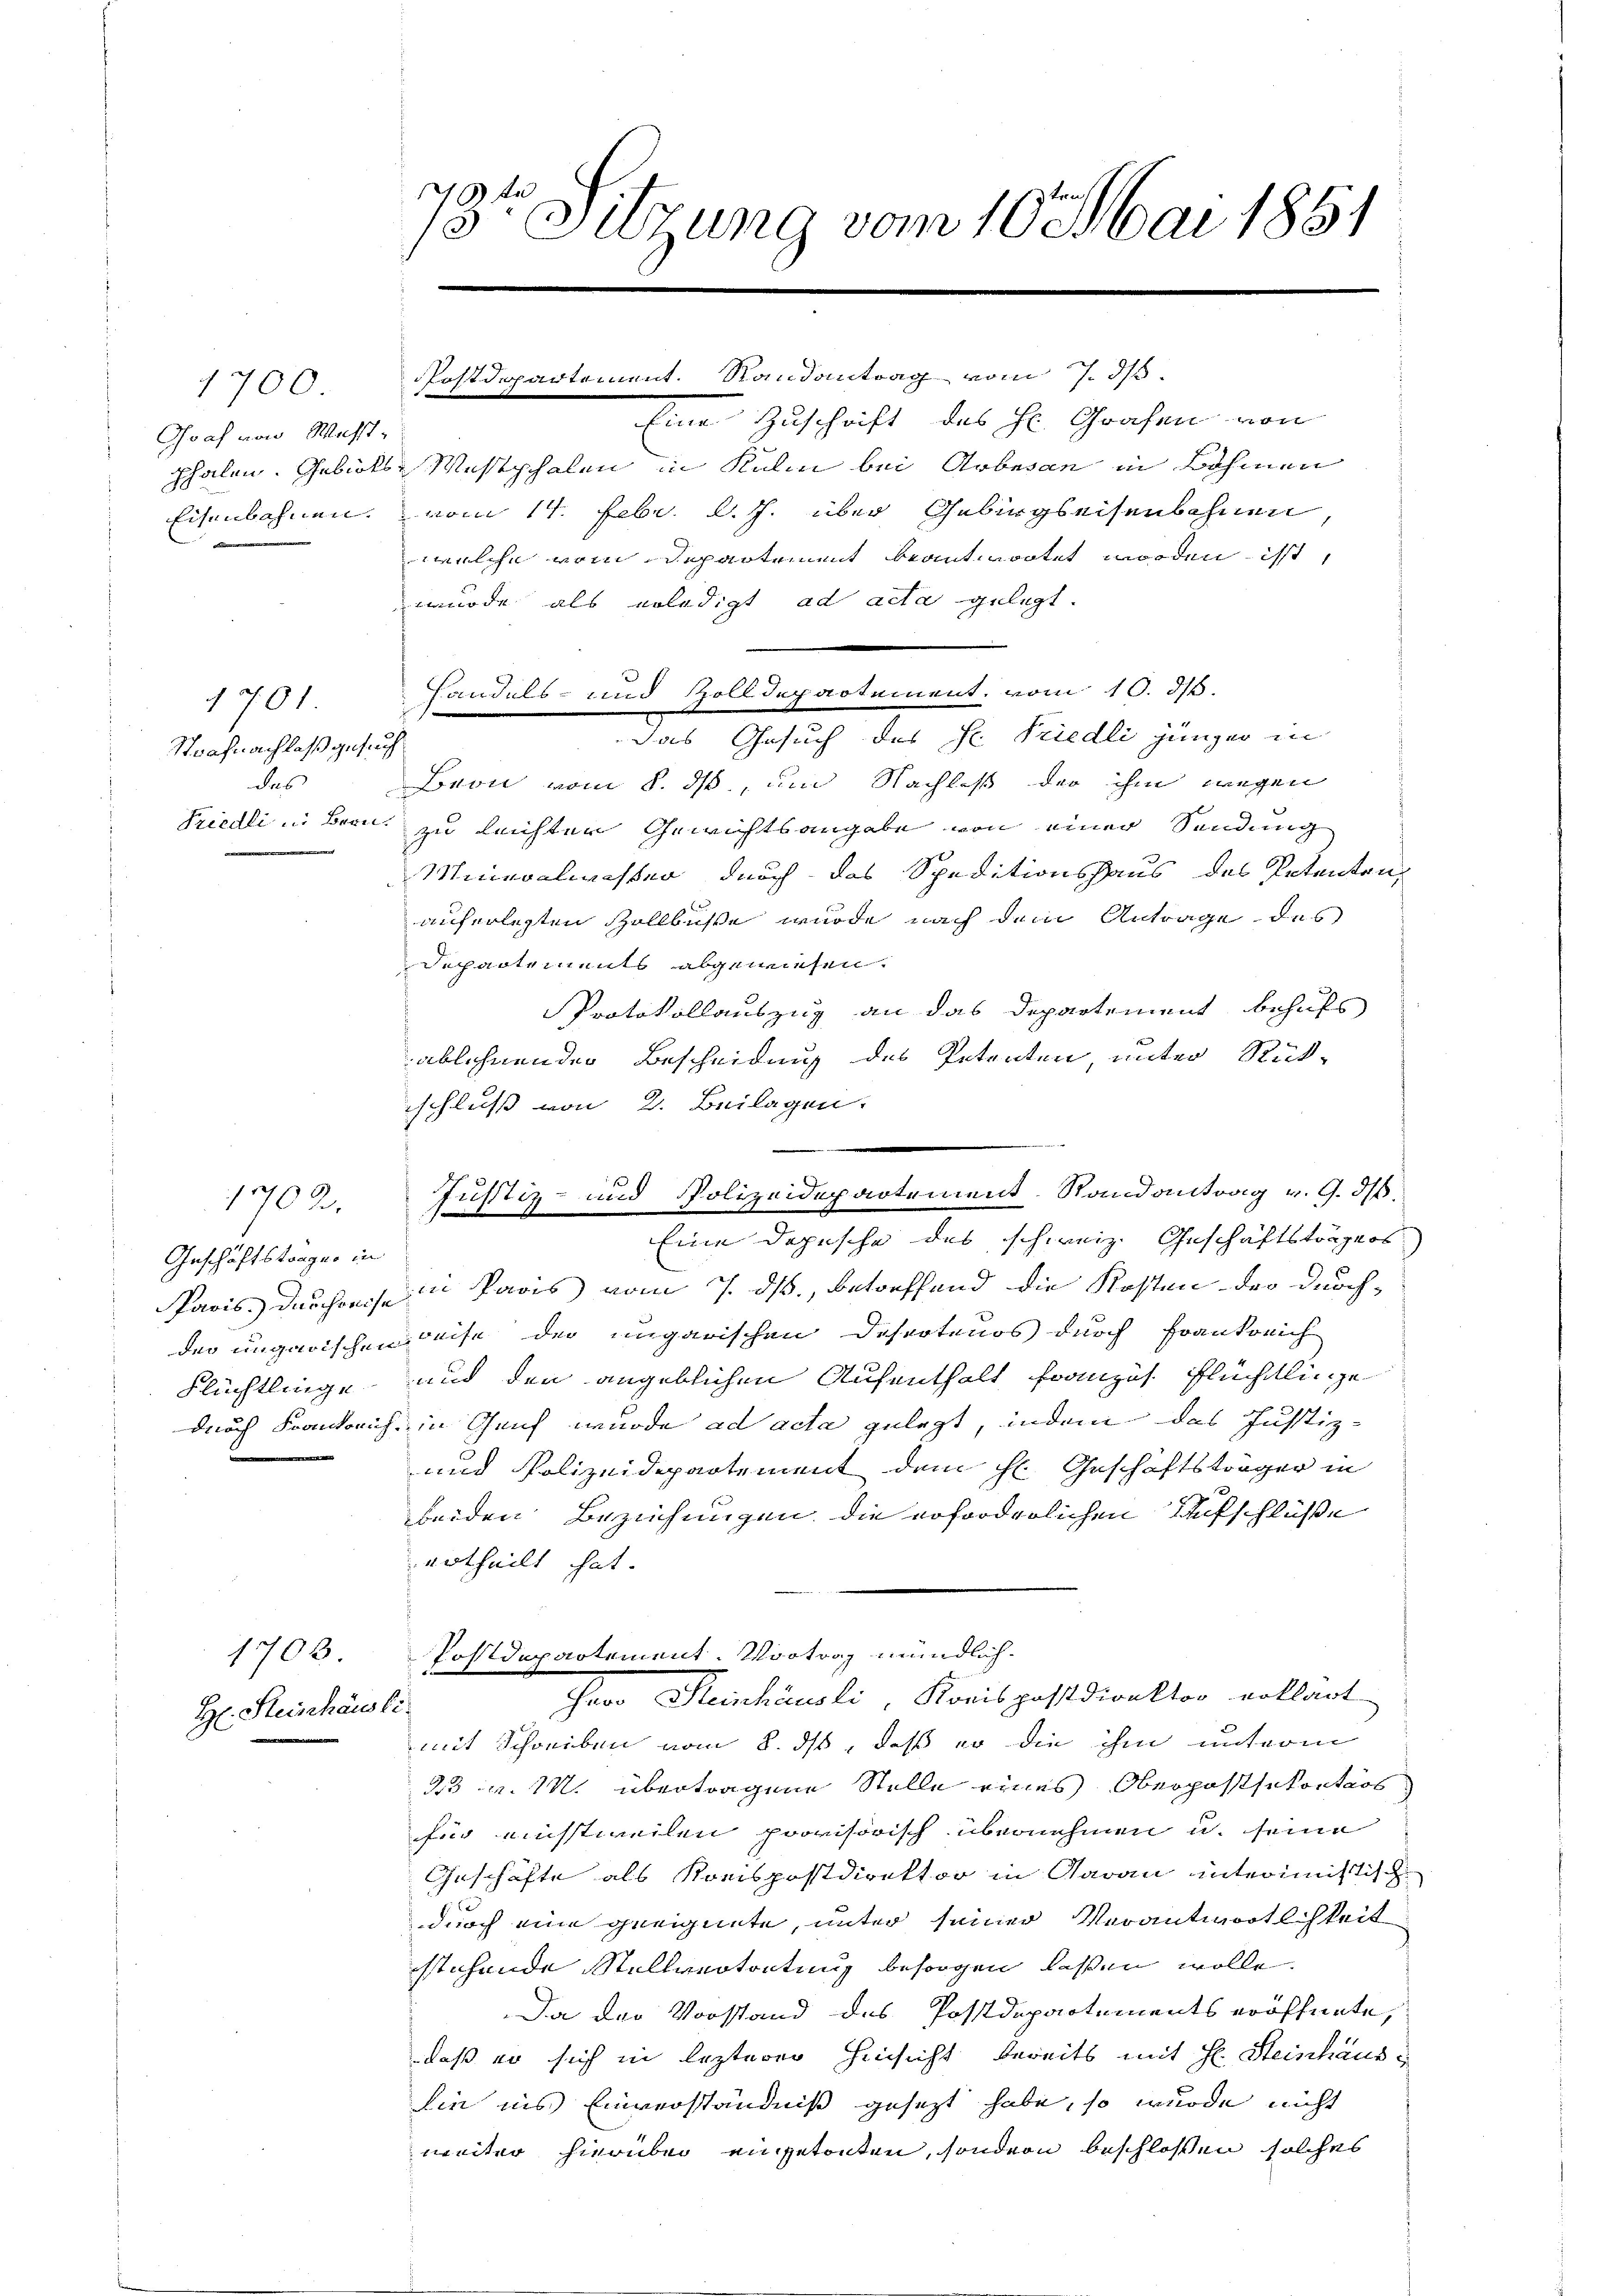
1700
Graf von Musst-

1701
Strafnachlaß gesucht

1702.
Geschäftstrager in
Flüchtlinge
.

1703.
H. Reinhäusli

73te Sitzung vom 10. Mai 1851

Eine Zuschrift des Hr. Grafen von
phalen. Gebiets Westphalen in Kulm bei Arbesan in Böhmen
Eisenbahnen, vom 14. Febr. l. J. über Gebirgseisenbahnen
welche vom Departement beantwortet worden isst,
wurde als erledigt ad acta gelegt.
Handels- und Zolldepartement, vom 10. d.

Postdepartement. Randantrag vom 7. d.

das Gesuch des Hr. Friedli jünger in
des Bern vom 8. ds., um Nachlaß der ihm wegen
Friedli in Bern zu leichten Gewichtsangabe von einer Sendung
Mineralwisser durch das Speditionshaus des Petenten,
auferlegten Zollbuße wurde nach dem Antrage des
Departements abgewiesen.
Protokollauszug an das Departement behufs
ablehnender Bescheidung des Petenten, unter Rück-
schluß von 2. Beilagen.
Pavis durchweise in Paris vom 7. ds., betreffend die Kosten der durch-
der ungarischen Reise der ungarischen Deserteuos durch Frankreich
und den angeblichen Aufenthalt französ. Flüchtlinge
durch Frankreich in Genf wurde ad acta gelegt, indem das Justiz-
und Polizeidepartement dem H. Geschäftsträger in
beiden Beziehungen die erforderlichen Aufschlüße
urtheilt hat.
Postdepartement. Vortrag mündlich.
Groo Reinhäusli, Kreispostdirektor vollant
mit Schreiben vom 8. ds, daß er die ihm unterm
23 u. 12. übertragene Stelle eines Oberpostsekontars
für einstweilen provisorisch übernehmen u. seine
Geschäfte als Kreispostdirektor in Garan interimistische
durch eine geeignete, unter seiner Verantwortlichkeit
stehende Stellvertretung besorgen laßen wolle.
Da der Vorstand des Postdepartements eröffnete,
daß er sich in lezterer Hinsicht bereits mit H. Steinhaus¬
Sie ins Einverständniß gesezt habe, so wurde nicht
weiter hierüber eingetonten, sondern beschloßen solches

m
Justiz- und Polizeidepartement. Randantrag v. G. 36.
Eine Dopische des schweiz. Geschäftsträgers